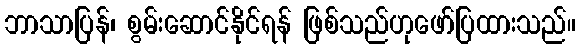
ဘာသာပြန်၊ စွမ်းဆောင်နိုင်ရန် ဖြစ်သည်ဟုဖော်ပြထားသည်။